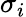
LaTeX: \sigma_{i}